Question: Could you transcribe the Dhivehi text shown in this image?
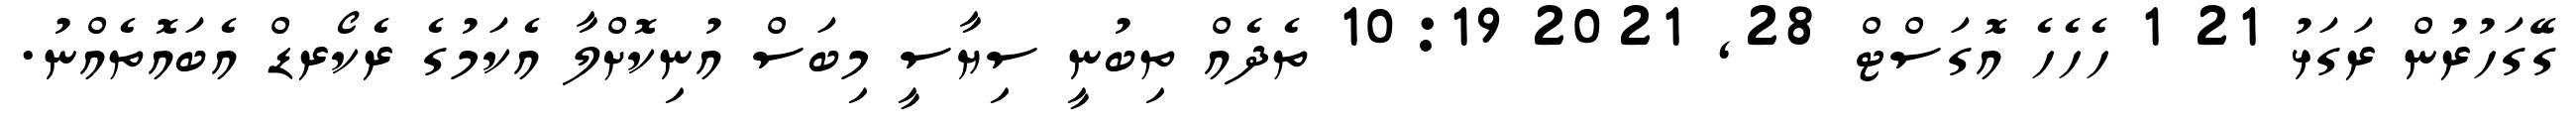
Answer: ގޭގަހުރުން ރަގަޅު 21 1 ހެހެހެ އޮގަސްޓް 28, 2021 10:19 ތެދެއް ތިބުނީ ސިޔާސީ މިބަސް އުނިކޮށްލާ އެކަމުގެ ރެކޯރޑް އެބައޮތެއްނު.